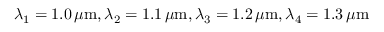
\lambda _ { 1 } = 1 . 0 \, \mu \mathrm { m } , \lambda _ { 2 } = 1 . 1 \, \mu \mathrm { m } , \lambda _ { 3 } = 1 . 2 \, \mu \mathrm { m } , \lambda _ { 4 } = 1 . 3 \, \mu \mathrm { m }